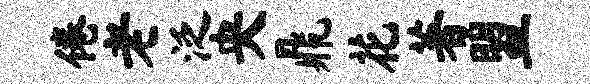
倦老泛央鼎花著盟